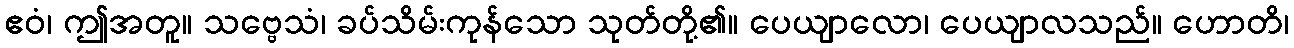
ဧဝံ၊ ဤအတူ။ သဗ္ဗေသံ၊ ခပ်သိမ်းကုန်သော သုတ်တို့၏။ ပေယျာလော၊ ပေယျာလသည်။ ဟောတိ၊